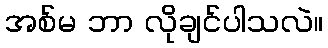
အစ်မ ဘာ လိုချင်ပါသလဲ။